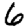
Digit: 6